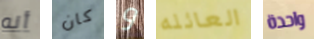
أنه كان و العائله واحدة